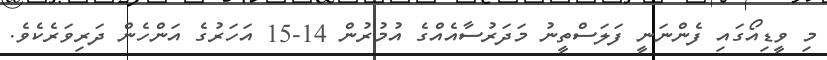
މި ވީޑިއޯގައި ފެންނަނީ ފަލަސްތީނު މަދަރުސާއެއްގެ އުމުރުން 14-15 އަހަރުގެ އަންހެން ދަރިވަރެކެވެ.